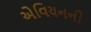
એવિયનની